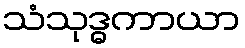
သံသုဒ္ဓကာယာ